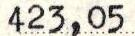
423,05